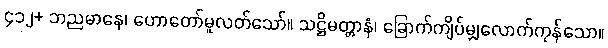
၄၁၂+ ဘညမာနေ၊ ဟောတော်မူလတ်သော်။ သဋ္ဌိမတ္တာနံ၊ ခြောက်ကျိပ်မျှလောက်ကုန်သော။